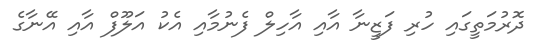
ދޮރުމަތީގައި ހުރި ފަޒީނާ އާއި އާހިލް ފެނުމާއި އެކު އަލޫފް އާއި އޭނާގެ